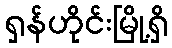
ရှန်ဟိုင်းမြို့ရှိ